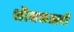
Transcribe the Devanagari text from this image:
शौनकऋषी